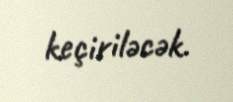
keçiriləcək.